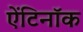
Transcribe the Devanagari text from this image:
ऐंटिनॉक